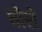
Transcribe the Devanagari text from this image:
घोरो